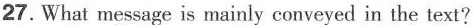
27.What message is mainly conveyed in the text?